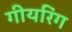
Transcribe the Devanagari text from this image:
गीयरिंग